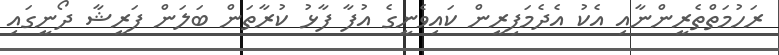
ރަހުމަތްތެރީންނާއި އެކު އެދެމަފިރީން ކައިވެނީގެ އުފާ ފާޅު ކުރާތަން ބަލަން ފަރީޝާ ދޯނީގައި